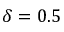
\delta = 0 . 5